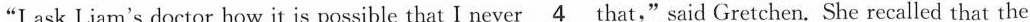
"I ask Liam's doctor how it is possible that I never \underline{4} that,"said Gretchen. She recalled that the